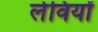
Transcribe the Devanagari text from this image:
लेवियों